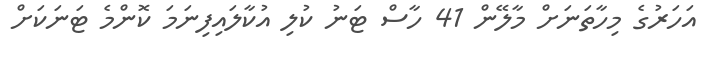
އަހަރުގެ މިހާތަނަށް މާލޭން 41 ހާސް ޓަނު ކުލި އުކާލައިފިނަމަ ކޮންމެ ޓަނަކަށް